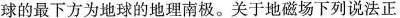
球的最下方为地球的地理南极。关于地磁场下列说法正